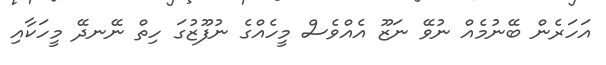
އަހަރެން ބޭނުމެއް ނުވޭ ނަޒޫ އެއްވެސް މީހެއްގެ ނުފޫޒުގަ ހިތް ނޭނދޭ މީހަކާއި